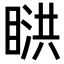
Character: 𥈰